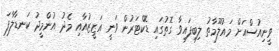
ވީނިއުސްއަށް މައުލޫމާތު ލިބިފައިވާ ގޮތުގައި ޑޮކްޓަރުން ވަނީ އަޒީޒުއާއި މެދު އުންމީދު ކަނޑާލާފަ